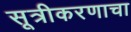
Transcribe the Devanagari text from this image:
सूत्रीकरणाचा